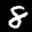
Label: 8